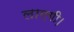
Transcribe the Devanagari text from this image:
लाएगी।